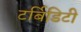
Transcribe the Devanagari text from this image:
टर्बिडिटी